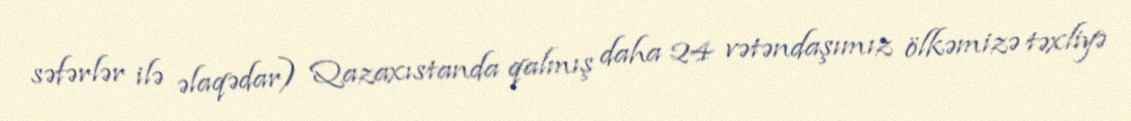
səfərlər ilə əlaqədar) Qazaxıstanda qalmış daha 24 vətəndaşımız ölkəmizə təxliyə